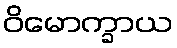
ဝိမောက္ခာယ